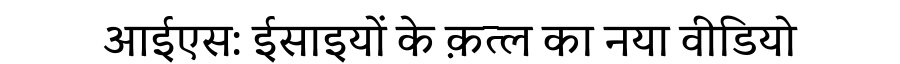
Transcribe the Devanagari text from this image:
आईएस: ईसाइयों के क़त्ल का नया वीडियो